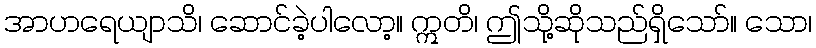
အာဟရေယျာသိ၊ ဆောင်ခဲ့ပါလော့။ ဣတိ၊ ဤသို့ဆိုသည်ရှိသော်။ သော၊